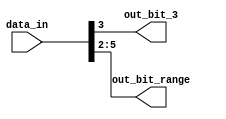
module bit_select_example (
    input  [7:0] data_in,
    output reg out_bit_3,
    output reg [5:2] out_bit_range
    );

    assign out_bit_3 = data_in[3];
    assign out_bit_range = data_in[5:2];

endmodule